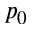
p _ { 0 }